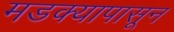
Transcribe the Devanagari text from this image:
मडक्यापासून